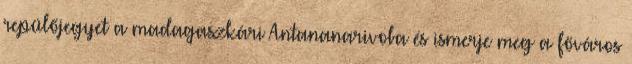
repülőjegyet a madagaszkári Antananarivoba és ismerje meg a főváros